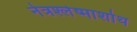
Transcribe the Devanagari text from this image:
नेत्रश्लेष्माशोथ